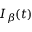
I _ { \beta } ( t )